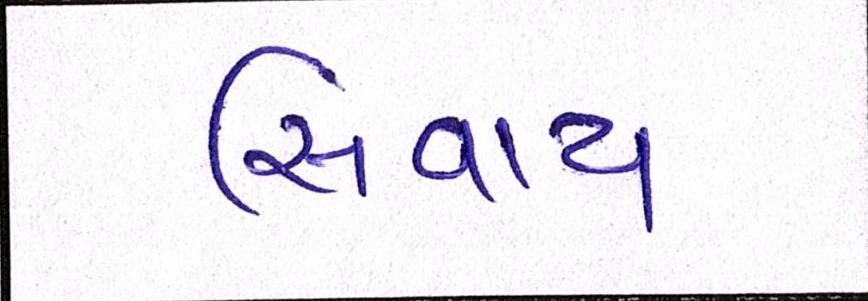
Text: સિવાય